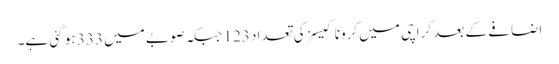
اضافے کے بعد کراچی میں کرونا کیسز کی تعداد 123 جبکہ صوبے میں 333 ہو گئی ہے۔